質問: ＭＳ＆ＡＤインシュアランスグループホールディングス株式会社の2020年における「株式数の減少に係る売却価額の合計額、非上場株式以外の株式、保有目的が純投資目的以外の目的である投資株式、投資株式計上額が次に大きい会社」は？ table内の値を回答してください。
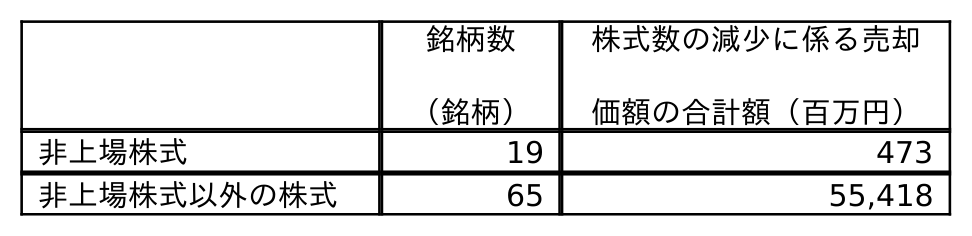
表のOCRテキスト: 銘柄数 （銘柄） 株式数の減少に係る売却 価額の合計額（百万円） 非上場株式 19 473 非上場株式以外の株式 65 55,418
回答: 55,418